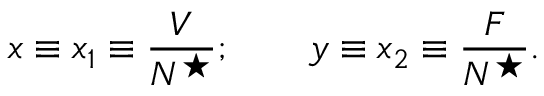
x \equiv x _ { 1 } \equiv \frac { V } { N ^ { \star } } ; \qquad y \equiv x _ { 2 } \equiv \frac { F } { N ^ { \star } } .